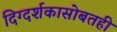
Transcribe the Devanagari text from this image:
दिग्दर्शकासोबतही